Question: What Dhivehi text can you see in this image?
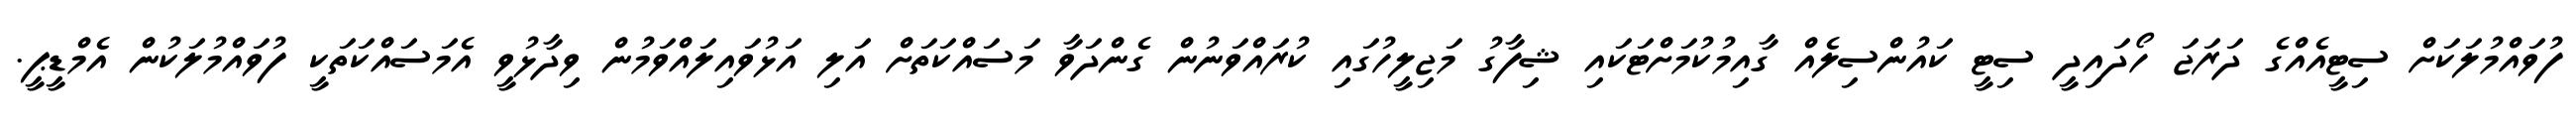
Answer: ފުވައްމުލަކަށް ސިޓީއެއްގެ ދަރަޖަ ހޯދައިދީ ސިޓީ ކައުންސިލެއް ގާއިމުކުމަށްޓަކައި ޝިފާގު މަޖިލީހުގައި ކުރައްވަނުން ގެންދަވާ މަސައްކަތަށް އަލި އަޅުވައިލައްވަމުން ވިދާޅުވީ އެމަސައްކަތަކީ ފުވައްމުލަކުން އެމްޑީޕީ.